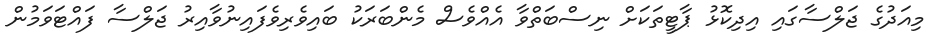
މިއަދުގެ ޖަލްސާގައި އިދިކޮޅު ޕާޓީތަކަށް ނިސްބަތްވާ އެއްވެސް މެންބަރަކު ބައިވެރިވެފައިނުވާއިރު ޖަލްސާ ފައްޓަވަމުން